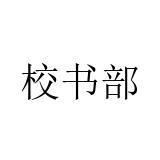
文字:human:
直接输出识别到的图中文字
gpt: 校书部